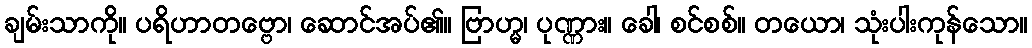
ချမ်းသာကို။ ပရိဟာတဗ္ဗော၊ ဆောင်အပ်၏။ ဗြာဟ္မ၊ ပုဏ္ဏား။ ခေါ၊ စင်စစ်။ တယော၊ သုံးပါးကုန်သော။